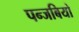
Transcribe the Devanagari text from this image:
पन्जबियो